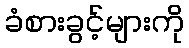
ခံစားခွင့်များကို